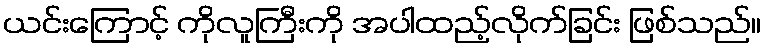
ယင်းကြောင့် ကိုလူကြီးကို အပါထည့်လိုက်ခြင်း ဖြစ်သည်။